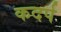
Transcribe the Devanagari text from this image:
कदर्प